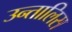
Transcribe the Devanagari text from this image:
उन्तालिस